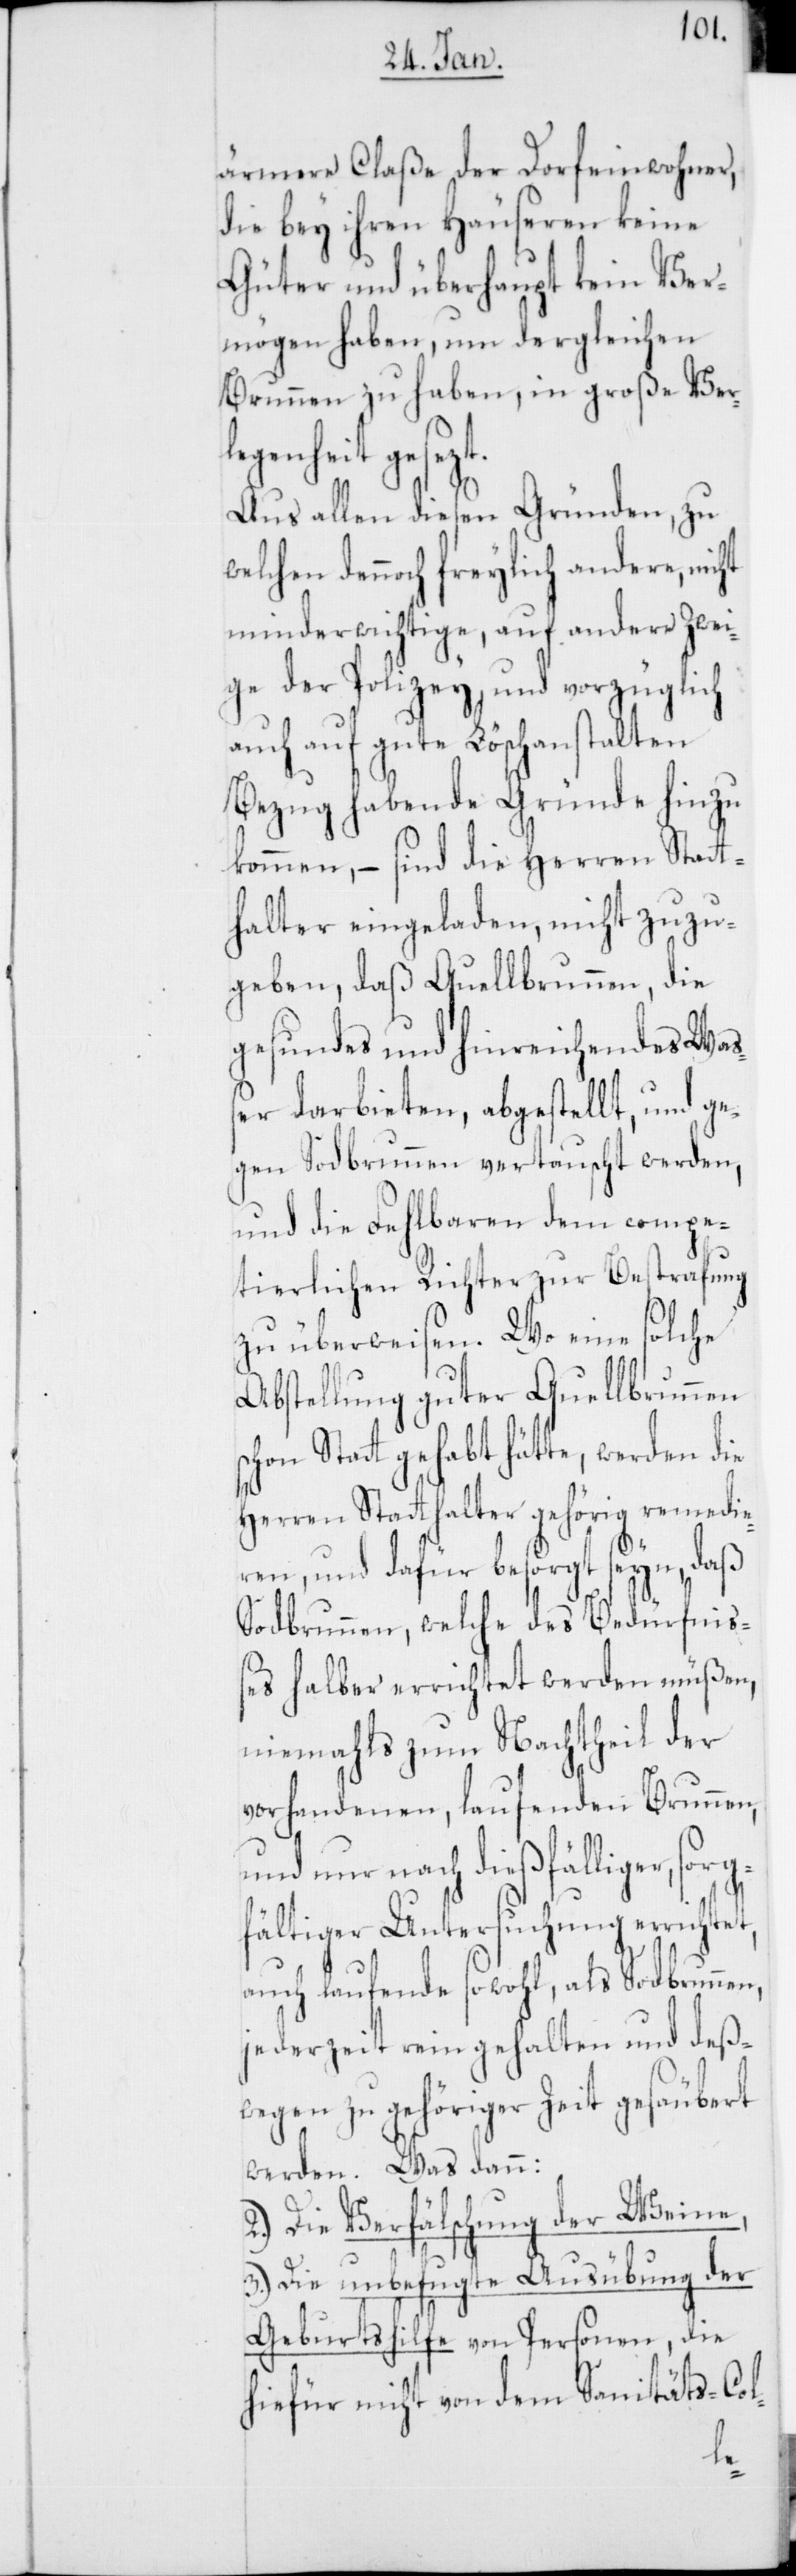
sorg¬
ärmere Claße der Dorfeinwohner,
die bey ihren Häuseren keine
Güter und überhaupt kein Ver¬
mögen haben, um dergleichen
Brunnen zu haben, in große Ver¬
genheit gesezt.
Aus allen diesen Gründen, zu
welchen dennoch freylich andere, nicht
minderwichtige, auf andere Zwei¬
ge der Polizey und vorzüglich
auch auf gute Löschanstalten
Bezug habende Gründe hinzu
kommen, – sind die Herren Statt¬
halter eingeladen, nicht zuzu¬
geben, daß Quellbrunnen, die
gesundes und hinreichendes Waß¬
er darbieten, abgestellt, und ge¬
gen Sodbrunnen vertauscht werden,
und die Fehlbaren dem compe¬
tierlichen Richter zur Bestrafung
zu überweisen. Wo eine solche
Abstellung guter Quellbrunnen
chon Statt gehabt hätte, werden die
Herren Statthalter gehörig remedie¬
ren, und dafür besorgt seyn, daß
Sodbrunnen, welche des Bedürfniß¬
es halber errichtet werden müßen,
niemahls zum Nachtheil der
vorhandenen, laufenden Brunnen,
und nur nach dießfälliger,
fältiger Untersuchung errichtet,
auch laufende sowohl, als Sodbrunnen,
jederzeit rein gehalten und deß¬
wegen zu gehöriger Zeit gesäubert
werden. Was dann:
2.) Die Verfälschung der Weine,
3.) Die unbefugte Ausübung der
Geburtshilfe von Personen, die
hiefür nicht von dem Sanitäts-Col-
s¬